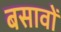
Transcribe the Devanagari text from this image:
बसावों